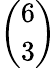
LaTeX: \binom{6}{3}